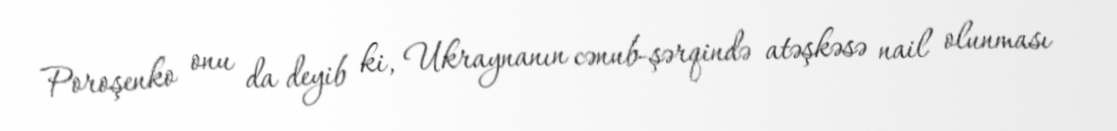
Poroşenko onu da deyib ki, Ukraynanın cənub-şərqində atəşkəsə nail olunması